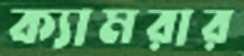
ক্যামরার